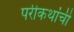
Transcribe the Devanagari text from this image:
परीकथांची